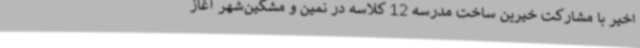
اخیر با مشارکت خیرین ساخت مدرسه 12 کلاسه در نمین و مشگین‌شهر آغاز